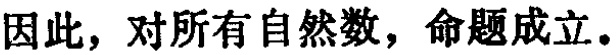
因此，对所有自然数，命题成立。